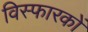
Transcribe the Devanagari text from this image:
विस्फारकों